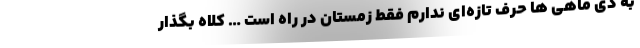
به دی ماهی ها حرف تازه‌ای ندارم فقط زمستان در راه است … کلاه بگذار